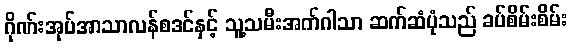
ဂိုဏ်းအုပ်အာသာလန်စဒင်နှင့် သူ့သမီးအက်ဂါသာ ဆက်ဆံပုံသည် ခပ်စိမ်းစိမ်း